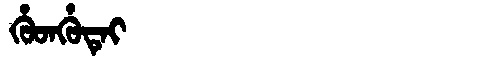
Manchu: ᡥᡠᡨᡥᡠᡨᡝᡳ
Romanization: HUTHUTEI